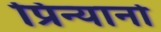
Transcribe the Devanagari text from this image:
प्रिन्यानो